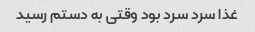
غذا سرد سرد بود وقتی به دستم رسید